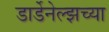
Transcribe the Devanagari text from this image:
डार्डेनेल्झच्या